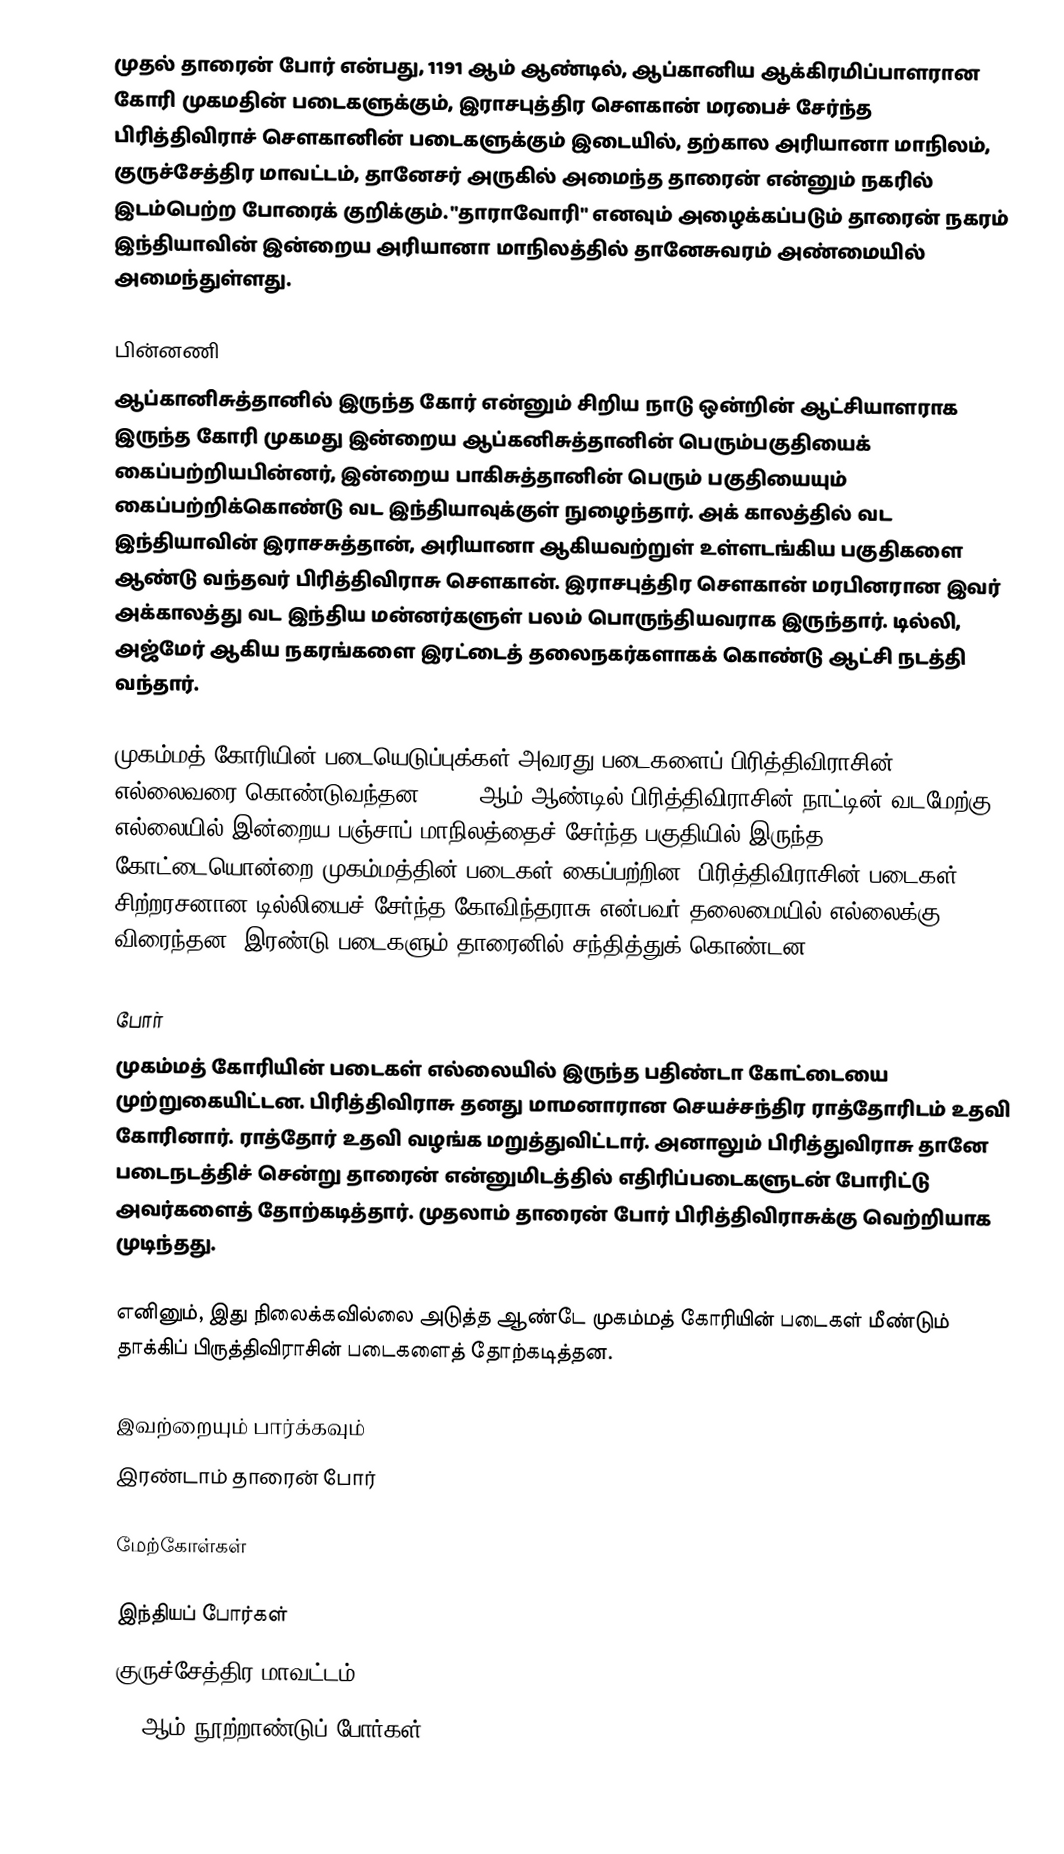
முதல் தாரைன் போர் என்பது, 1191 ஆம் ஆண்டில், ஆப்கானிய ஆக்கிரமிப்பாளரான கோரி முகமதின் படைகளுக்கும், இராசபுத்திர சௌகான் மரபைச் சேர்ந்த பிரித்திவிராச் சௌகானின் படைகளுக்கும் இடையில், தற்கால அரியானா மாநிலம், குருச்சேத்திர மாவட்டம், தானேசர் அருகில் அமைந்த தாரைன் என்னும் நகரில் இடம்பெற்ற போரைக் குறிக்கும். "தாராவோரி" எனவும் அழைக்கப்படும் தாரைன் நகரம் இந்தியாவின் இன்றைய அரியானா மாநிலத்தில் தானேசுவரம் அண்மையில் அமைந்துள்ளது.

பின்னணி
ஆப்கானிசுத்தானில் இருந்த கோர் என்னும் சிறிய நாடு ஒன்றின் ஆட்சியாளராக இருந்த கோரி முகமது இன்றைய ஆப்கனிசுத்தானின் பெரும்பகுதியைக் கைப்பற்றியபின்னர், இன்றைய பாகிசுத்தானின் பெரும் பகுதியையும் கைப்பற்றிக்கொண்டு வட இந்தியாவுக்குள் நுழைந்தார். அக் காலத்தில் வட இந்தியாவின் இராசசுத்தான், அரியானா ஆகியவற்றுள் உள்ளடங்கிய பகுதிகளை ஆண்டு வந்தவர் பிரித்திவிராசு சௌகான். இராசபுத்திர சௌகான் மரபினரான இவர் அக்காலத்து வட இந்திய மன்னர்களுள் பலம் பொருந்தியவராக இருந்தார். டில்லி, அஜ்மேர் ஆகிய நகரங்களை இரட்டைத் தலைநகர்களாகக் கொண்டு ஆட்சி நடத்தி வந்தார்.

முகம்மத் கோரியின் படையெடுப்புக்கள் அவரது படைகளைப் பிரித்திவிராசின் எல்லைவரை கொண்டுவந்தன. 1191 ஆம் ஆண்டில் பிரித்திவிராசின் நாட்டின் வடமேற்கு எல்லையில் இன்றைய பஞ்சாப் மாநிலத்தைச் சேர்ந்த பகுதியில் இருந்த கோட்டையொன்றை முகம்மத்தின் படைகள் கைப்பற்றின. பிரித்திவிராசின் படைகள், சிற்றரசனான டில்லியைச் சேர்ந்த கோவிந்தராசு என்பவர் தலைமையில் எல்லைக்கு விரைந்தன. இரண்டு படைகளும் தாரைனில் சந்தித்துக் கொண்டன.

போர்
முகம்மத் கோரியின் படைகள் எல்லையில் இருந்த பதிண்டா  கோட்டையை முற்றுகையிட்டன. பிரித்திவிராசு தனது மாமனாரான செயச்சந்திர ராத்தோரிடம் உதவி கோரினார். ராத்தோர் உதவி வழங்க மறுத்துவிட்டார். அனாலும் பிரித்துவிராசு தானே படைநடத்திச் சென்று தாரைன் என்னுமிடத்தில் எதிரிப்படைகளுடன் போரிட்டு அவர்களைத் தோற்கடித்தார். முதலாம் தாரைன் போர் பிரித்திவிராசுக்கு வெற்றியாக முடிந்தது.

எனினும், இது நிலைக்கவில்லை அடுத்த ஆண்டே முகம்மத் கோரியின் படைகள் மீண்டும் தாக்கிப் பிருத்திவிராசின் படைகளைத் தோற்கடித்தன.

இவற்றையும் பார்க்கவும்
 இரண்டாம் தாரைன் போர்

மேற்கோள்கள்

இந்தியப் போர்கள்
குருச்சேத்திர மாவட்டம்
12 ஆம் நூற்றாண்டுப் போர்கள்